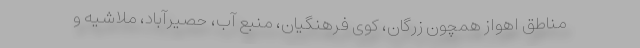
مناطق اهواز همچون زرگان، کوی فرهنگیان، منبع آب، حصیرآباد، ملاشیه و